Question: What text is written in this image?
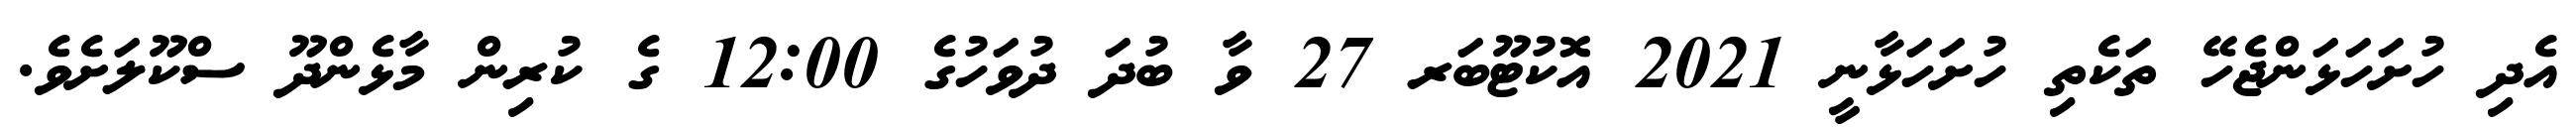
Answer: އެދި ހުށަހަޅަންޖެހޭ ތަކެތި ހުށަހަޅާނީ 2021 އޮކުޓޫބަރ 27 ވާ ބުދަ ދުވަހުގެ 12:00 ގެ ކުރިން މާޅެންދޫ ސްކޫލަށެވެ.